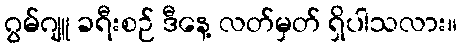
ဂွမ်ဂျူ ခရီးစဉ် ဒီနေ့ လတ်မှတ် ရှိပါသလား။